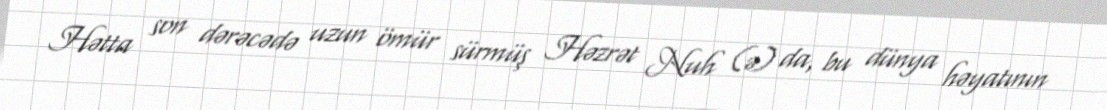
Hətta son dərəcədə uzun ömür sürmüş Həzrət Nuh (ə) da, bu dünya həyatının